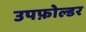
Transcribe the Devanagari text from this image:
उपफ़ोल्डर